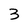
Character: 3